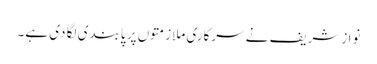
نوازشریف نے سرکاری ملازمتوں پر پابندی لگا دی ہے۔